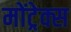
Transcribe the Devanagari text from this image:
मोंट्रेक्स